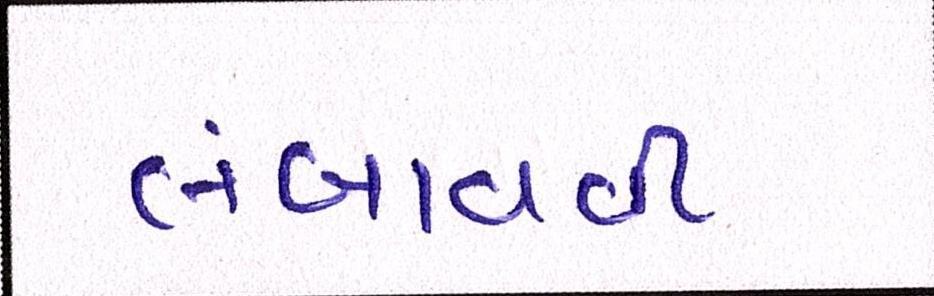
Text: લંબાવવી